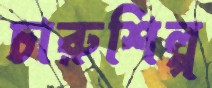
চারুশিল্প